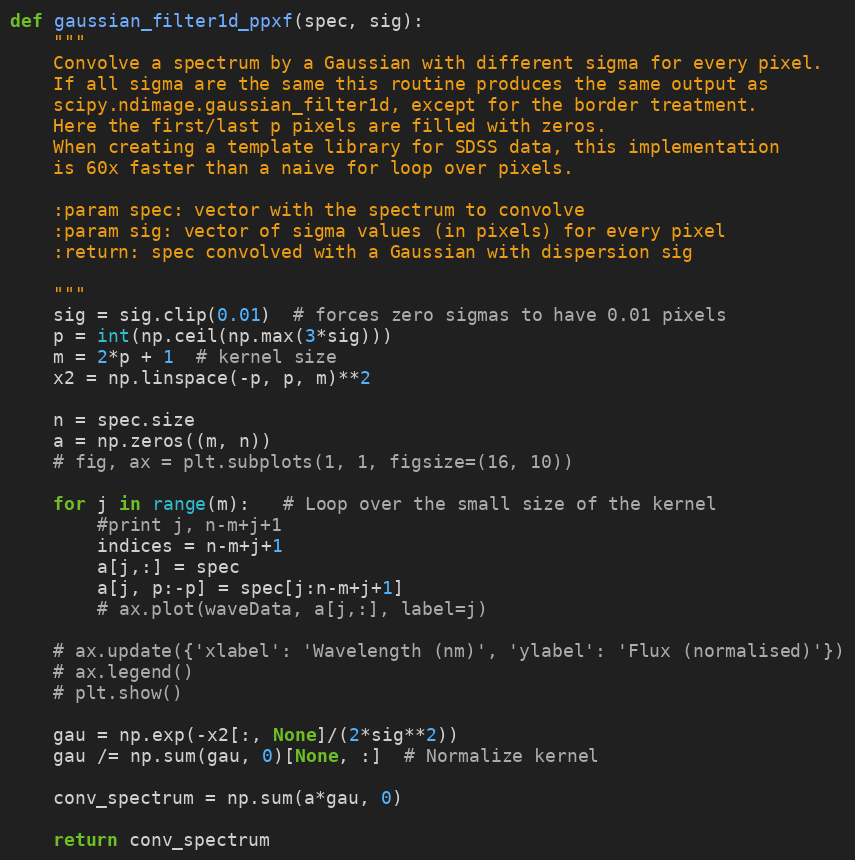
Language: Python
def gaussian_filter1d_ppxf(spec, sig):
    """
    Convolve a spectrum by a Gaussian with different sigma for every pixel.
    If all sigma are the same this routine produces the same output as
    scipy.ndimage.gaussian_filter1d, except for the border treatment.
    Here the first/last p pixels are filled with zeros.
    When creating a template library for SDSS data, this implementation
    is 60x faster than a naive for loop over pixels.

    :param spec: vector with the spectrum to convolve
    :param sig: vector of sigma values (in pixels) for every pixel
    :return: spec convolved with a Gaussian with dispersion sig

    """
    sig = sig.clip(0.01)  # forces zero sigmas to have 0.01 pixels
    p = int(np.ceil(np.max(3*sig)))
    m = 2*p + 1  # kernel size
    x2 = np.linspace(-p, p, m)**2

    n = spec.size
    a = np.zeros((m, n))
    # fig, ax = plt.subplots(1, 1, figsize=(16, 10))

    for j in range(m):   # Loop over the small size of the kernel
        #print j, n-m+j+1
        indices = n-m+j+1
        a[j,:] = spec
        a[j, p:-p] = spec[j:n-m+j+1]
        # ax.plot(waveData, a[j,:], label=j)

    # ax.update({'xlabel': 'Wavelength (nm)', 'ylabel': 'Flux (normalised)'})
    # ax.legend()
    # plt.show()

    gau = np.exp(-x2[:, None]/(2*sig**2))
    gau /= np.sum(gau, 0)[None, :]  # Normalize kernel

    conv_spectrum = np.sum(a*gau, 0)

    return conv_spectrum